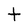
Character: t